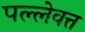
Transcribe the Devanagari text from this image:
पल्लेवत्त